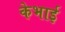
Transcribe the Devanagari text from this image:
केभाई